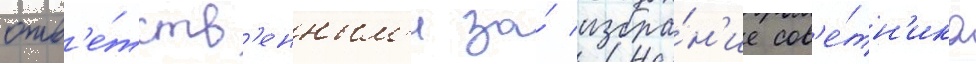
отв'е́тств'енным'и за́ избра́н'ие сов'е́тн'ика